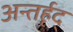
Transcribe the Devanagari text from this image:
अन्तर्हृद्‍